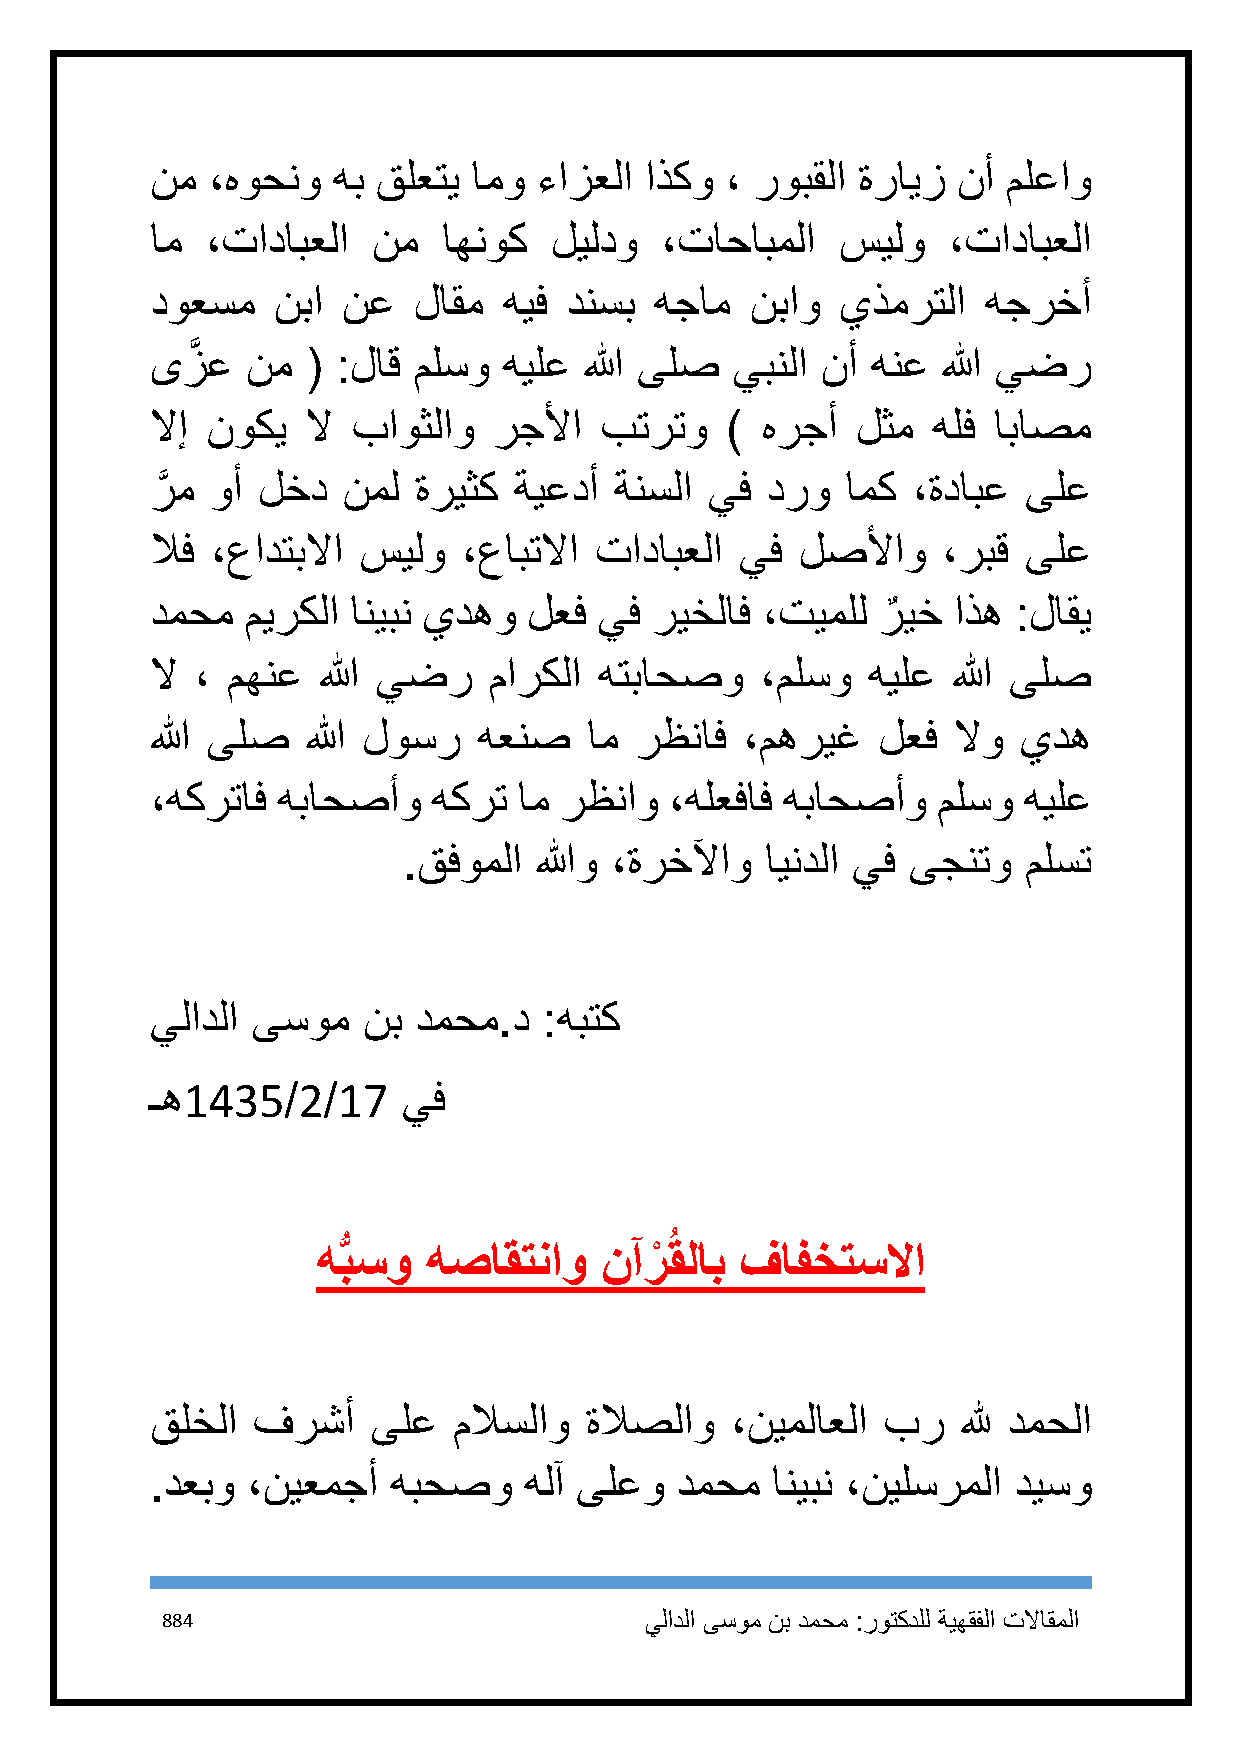
نم  ،هوحنو  هب قلعتي امو  ءازعلا اذكو ، روبقلا ةرايز نأ  ملعاو
 ام  ،تادابعلا  نم  اهنوك  ليلدو   ،تاحابملا   سيلو   ،تادابعلا
 دوعسم   نبا  نع  لاقم  هيف دنسب  هجام   نباو  يذمرتلا  هجرخأ
 ىزَّ ع نم ( :لاق ملسو  هيلع  الله ىلص يبنلا نأ  هنع الله يضر
 لاإ نوكي  لا باوثلاو   رجلأا  بترتو   ) هرجأ   لثم  هلف اباصم
 رَّ م وأ لخد نمل ةريثك  ةيعدأ  ةنسلا يف  درو  امك ،ةدابع  ىلع
 لاف ،عادتبلاا سيلو   ،عابتلاا تادابعلا يف  لصلأاو   ،ربق  ىلع
 دمحم  ميركلا انيبن يدهو  لعف  يف ريخلاف ،تيملل  رٌ يخ اذه :لاقي
 لا ، مهنع  الله يضر   ماركلا  هتباحصو   ،ملسو  هيلع  الله ىلص
 الله ىلص  الله لوسر   هعنص   ام رظناف  ،مهريغ   لعف  لاو يده
 ،هكرتاف هباحصأو    هكرت ام رظناو  ،هلعفاف هباحصأو   ملسو  هيلع
 .قفوملا اللهو ،ةرخلآاو  ايندلا يف ىجنتو  ملست
 يلادلا ىسوم   نب دمحم.د   :هبتك
 ـه1435/2/17      يف
 ه بسو  هصاقتناو    نآرْ ُقلاب فافختسلاا
 قلخلا  فرشأ    ىلع  ملاسلاو  ةلاصلاو  ،نيملاعلا بر    لله دمحلا
 .دعبو ،نيعمجأ   هبحصو    هلآ ىلعو  دمحم  انيبن ،نيلسرملا ديسو
 884                             يلادلا ىسوم نب دمحم :روتكدلل ةيهقفلا تلااقملا